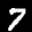
Label: 7